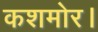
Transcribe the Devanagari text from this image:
कशमोर।